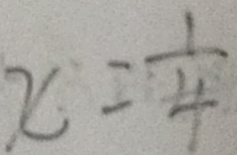
x = \frac { 1 } { 4 }